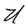
Character: U